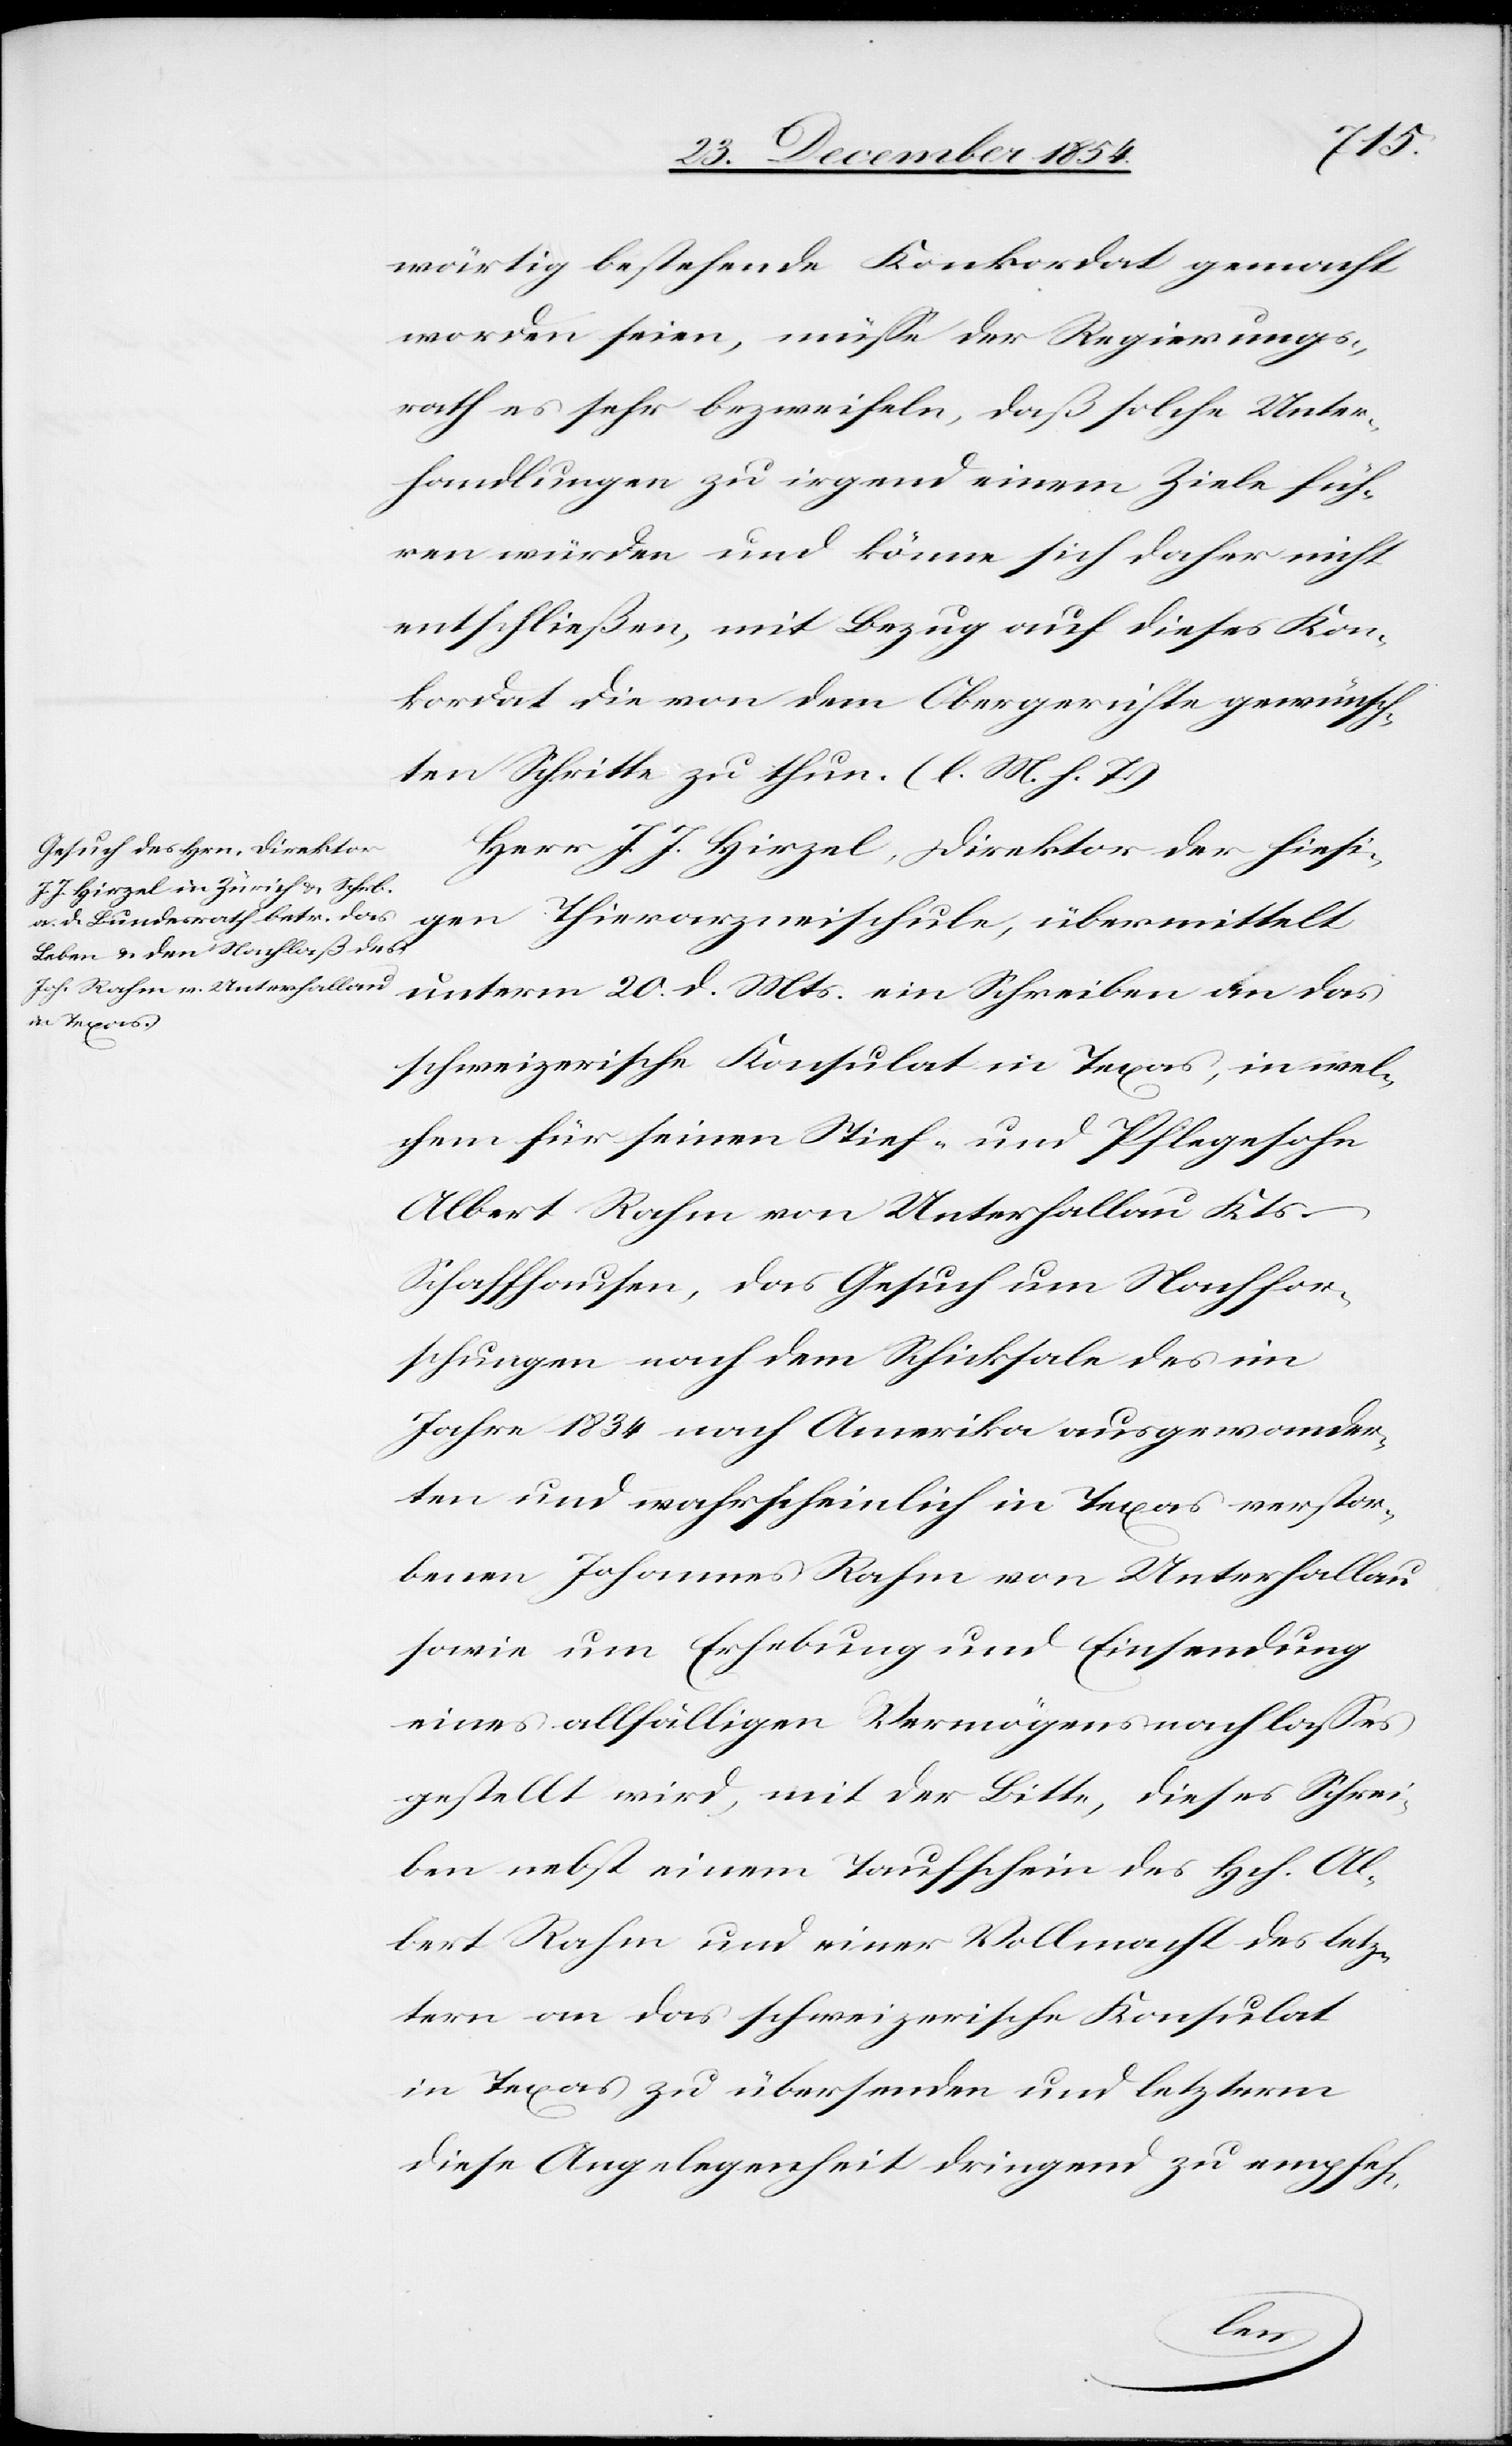
wärtig bestehende Konkordat gemacht
worden seien, müße der Regierungs¬
rath es sehr bezweifeln, daß solche Unter¬
handlungen zu irgend einem Ziele füh¬
ren würden und könne sich daher nicht
entschließen, mit Bezug auf dieses Kon¬
kordat die von dem Obergerichte gewünsch¬
ten Schritte zu thun. (l. M. h. T.)
Herr J. J. Hirzel, Direktor der hiesi¬
gen Thierarzneischule, übermittelt
unterm 20. d. Mts. ein Schreiben an das
schweizerische Konsulat in Texas, in wel¬
chem für seinen Stief- und Pflegesohn
Albert Rahm von Unterfallau Kts.
Schaffhausen, das Gesuch um Nachfor¬
schungen nach dem Schicksale des im
Jahre 1834 nach Amerika ausgewander¬
ten und wahrscheinlich in Texas verstor¬
benen Johannes Rahm von Unterfallau
sowie um Erhebung und Einsendung
eines allfälligen Vermögensnachlaßes
gestellt wird, mit der Bitte, dieses Schrei¬
ben nebst einem Taufschein des Hch. Al¬
bert Rahm und einer Vollmacht des letz¬
tern an das schweizerische Konsulat
in Texas zu übersenden und letzterm
diese Angelegenheit dringend zu empfeh-